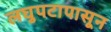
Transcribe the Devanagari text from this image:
लघुपटापासून